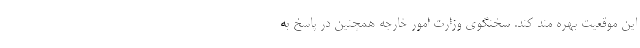
این موقعیت بهره مند کند. سخنگوی وزارت امور خارجه همچنین در پاسخ به